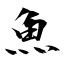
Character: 魚